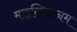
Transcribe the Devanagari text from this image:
मसुलिपत्नम